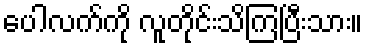
ပေါလက်ကို လူတိုင်းသိကြပြီးသား။